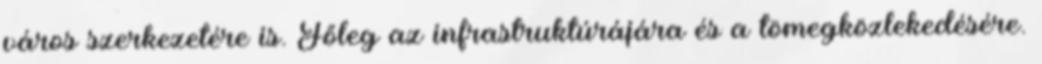
város szerkezetére is. Főleg az infrastruktúrájára és a tömegközlekedésére.